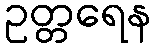
ဥတ္တရေန